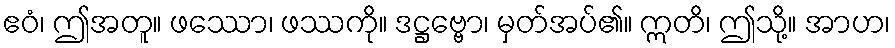
ဧဝံ၊ ဤအတူ။ ဖဿော၊ ဖဿကို။ ဒဋ္ဌဗ္ဗော၊ မှတ်အပ်၏။ ဣတိ၊ ဤသို့။ အာဟ၊